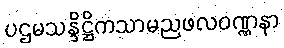
ပဌမသန္ဒိဋ္ဌိကသာမညဖလဝဏ္ဏနာ